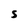
Character: S